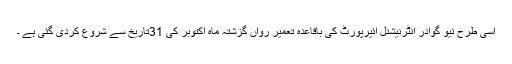
اسی طرح نیو گوادر انٹرنیشنل ائیرپورٹ کی باقاعدہ تعمیر رواں گزشتہ ماہ اکتوبر کی 31تاریخ سے شروع کردی گئی ہے ۔